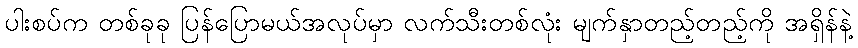
ပါးစပ်က တစ်ခုခု ပြန်ပြောမယ်အလုပ်မှာ လက်သီးတစ်လုံး မျက်နှာတည့်တည့်ကို အရှိန်နဲ့